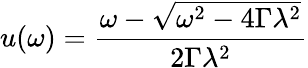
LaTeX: u(\omega)=\frac{\omega-\sqrt{\omega^{2}-4\Gamma\lambda^{2}}}{2\Gamma\lambda^{2}}